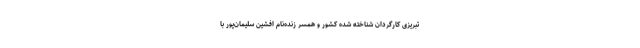
تبریزی کارگردان شناخته شده کشور و همسر زنده‌نام افشین سلیمان‌پور با